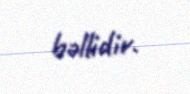
bəllidir.